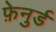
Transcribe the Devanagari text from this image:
फ़ेनुर्ड